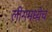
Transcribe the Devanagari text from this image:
लीगमध्येच